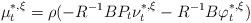
LaTeX: \begin{align*}\mu_t^{*,\xi}=\rho(-R^{-1}BP_t\nu_t^{*,\xi}-R^{-1}B\varphi_t^{*,\xi}) \end{align*}